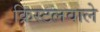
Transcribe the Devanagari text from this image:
क्रिस्टलवाले